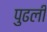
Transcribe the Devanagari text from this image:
पुढली